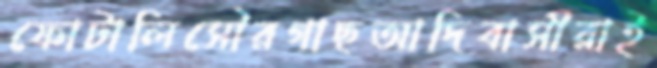
ফোটালিসৌরগাছআদিবাসীরাই